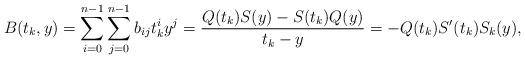
LaTeX: \begin{align*} B(t_k,y)=\sum_{i=0}^{n-1}\sum_{j=0}^{n-1}b_{ij}t_k^i y^j=\frac{Q(t_k)S(y)-S(t_k)Q(y)}{t_k-y}=-Q(t_k)S'(t_k)S_k(y),\end{align*}